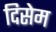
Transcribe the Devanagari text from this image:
दिसेम